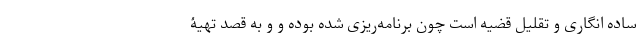
ساده انگاری و تقلیل قضیه است چون برنامه‌ریزی شده بوده و و به قصد تهیۀ